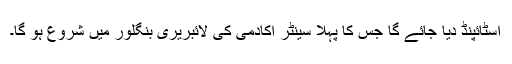
اسٹائپنڈ دیا جائے گا جس کا پہلا سینٹر اکادمی کی لائبریری بنگلور میں شروع ہو گا۔